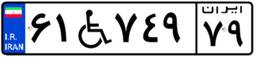
۷۲W۰۲۵۳۴